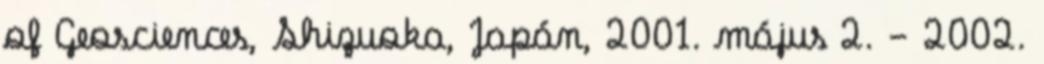
of Geosciences, Shizuoka, Japán, 2001. május 2. - 2002.